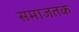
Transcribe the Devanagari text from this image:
समाजतक